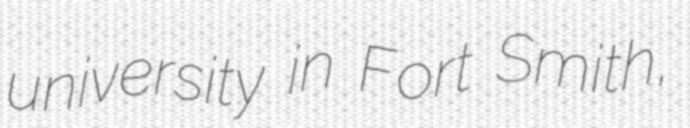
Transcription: university in Fort Smith,